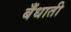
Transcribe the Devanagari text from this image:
बँधाती